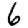
Digit: 6